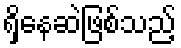
ရှိနေဆဲဖြစ်သည့်